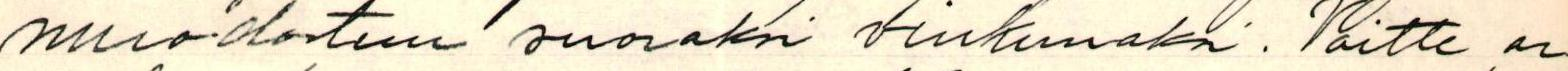
muodostuu suoraksi vinkunaksi. Voitte ar